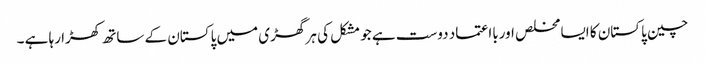
چین پاکستان کا ایسا مخلص اوربااعتماد دوست ہے جو مشکل کی ہر گھڑی میں پاکستان کے ساتھ کھڑا رہا ہے ۔